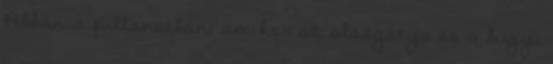
Abban a pillanatban, amikor az alsógatya és a bugyi